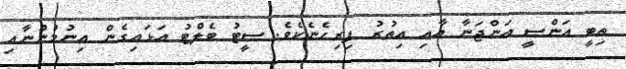
ތިބީ އަންސީ އަންޖަނާ އާއި އިތުރު ފިރިހެނެކެވެ. ސީޓު ބެލްޓު އަޅައިގެން އިނުމުންނާއި